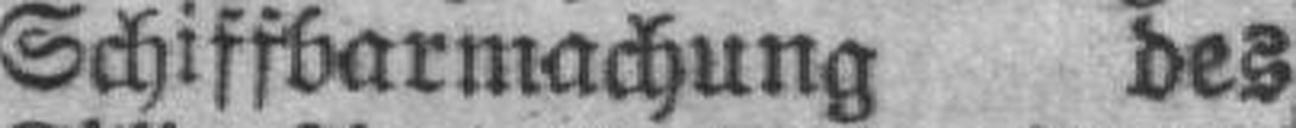
Schiffbarmachung des